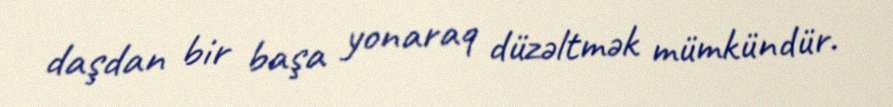
daşdan bir başa yonaraq düzəltmək mümkündür.